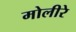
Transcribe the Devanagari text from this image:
मोलीरे